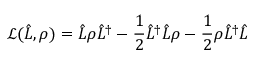
\mathcal { L } ( \hat { L } , \rho ) = \hat { L } \rho \hat { L } ^ { \dagger } - \frac { 1 } { 2 } \hat { L } ^ { \dagger } \hat { L } \rho - \frac { 1 } { 2 } \rho \hat { L } ^ { \dagger } \hat { L }